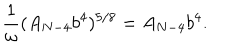
\frac { 1 } { \omega } ( A _ { N - 4 } b ^ { 4 } ) ^ { 5 / 8 } = A _ { N - 4 } b ^ { 4 } .